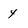
Character: y